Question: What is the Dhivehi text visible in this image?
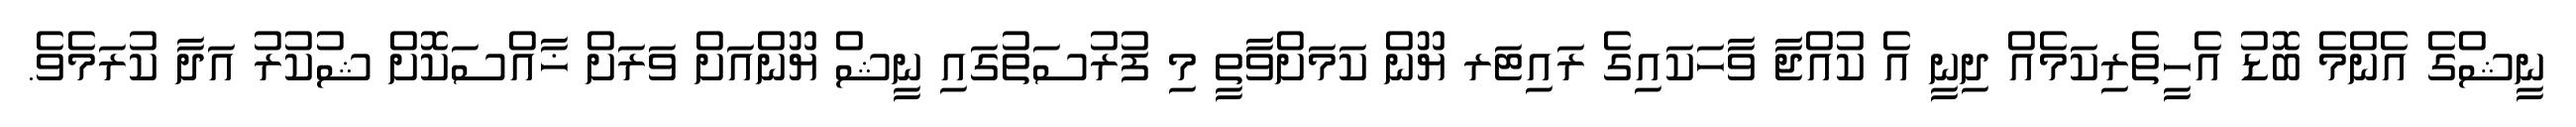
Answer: ނީޝްގެ އެންމެ ބޮޑު އެހީތެރިކަމެއް ދިނީ އެ ކުއްޖާ ވާހަކައިގެ ރައިޓަރ ޔޫން ކަމަށްވާތީ މި ފުރުސަތުގައި ނީޝް ޔޫންއަށް ވަރަށް ޚާއްސަކޮށް ޝުކުރު އަދާ ކުރަމެވެ.